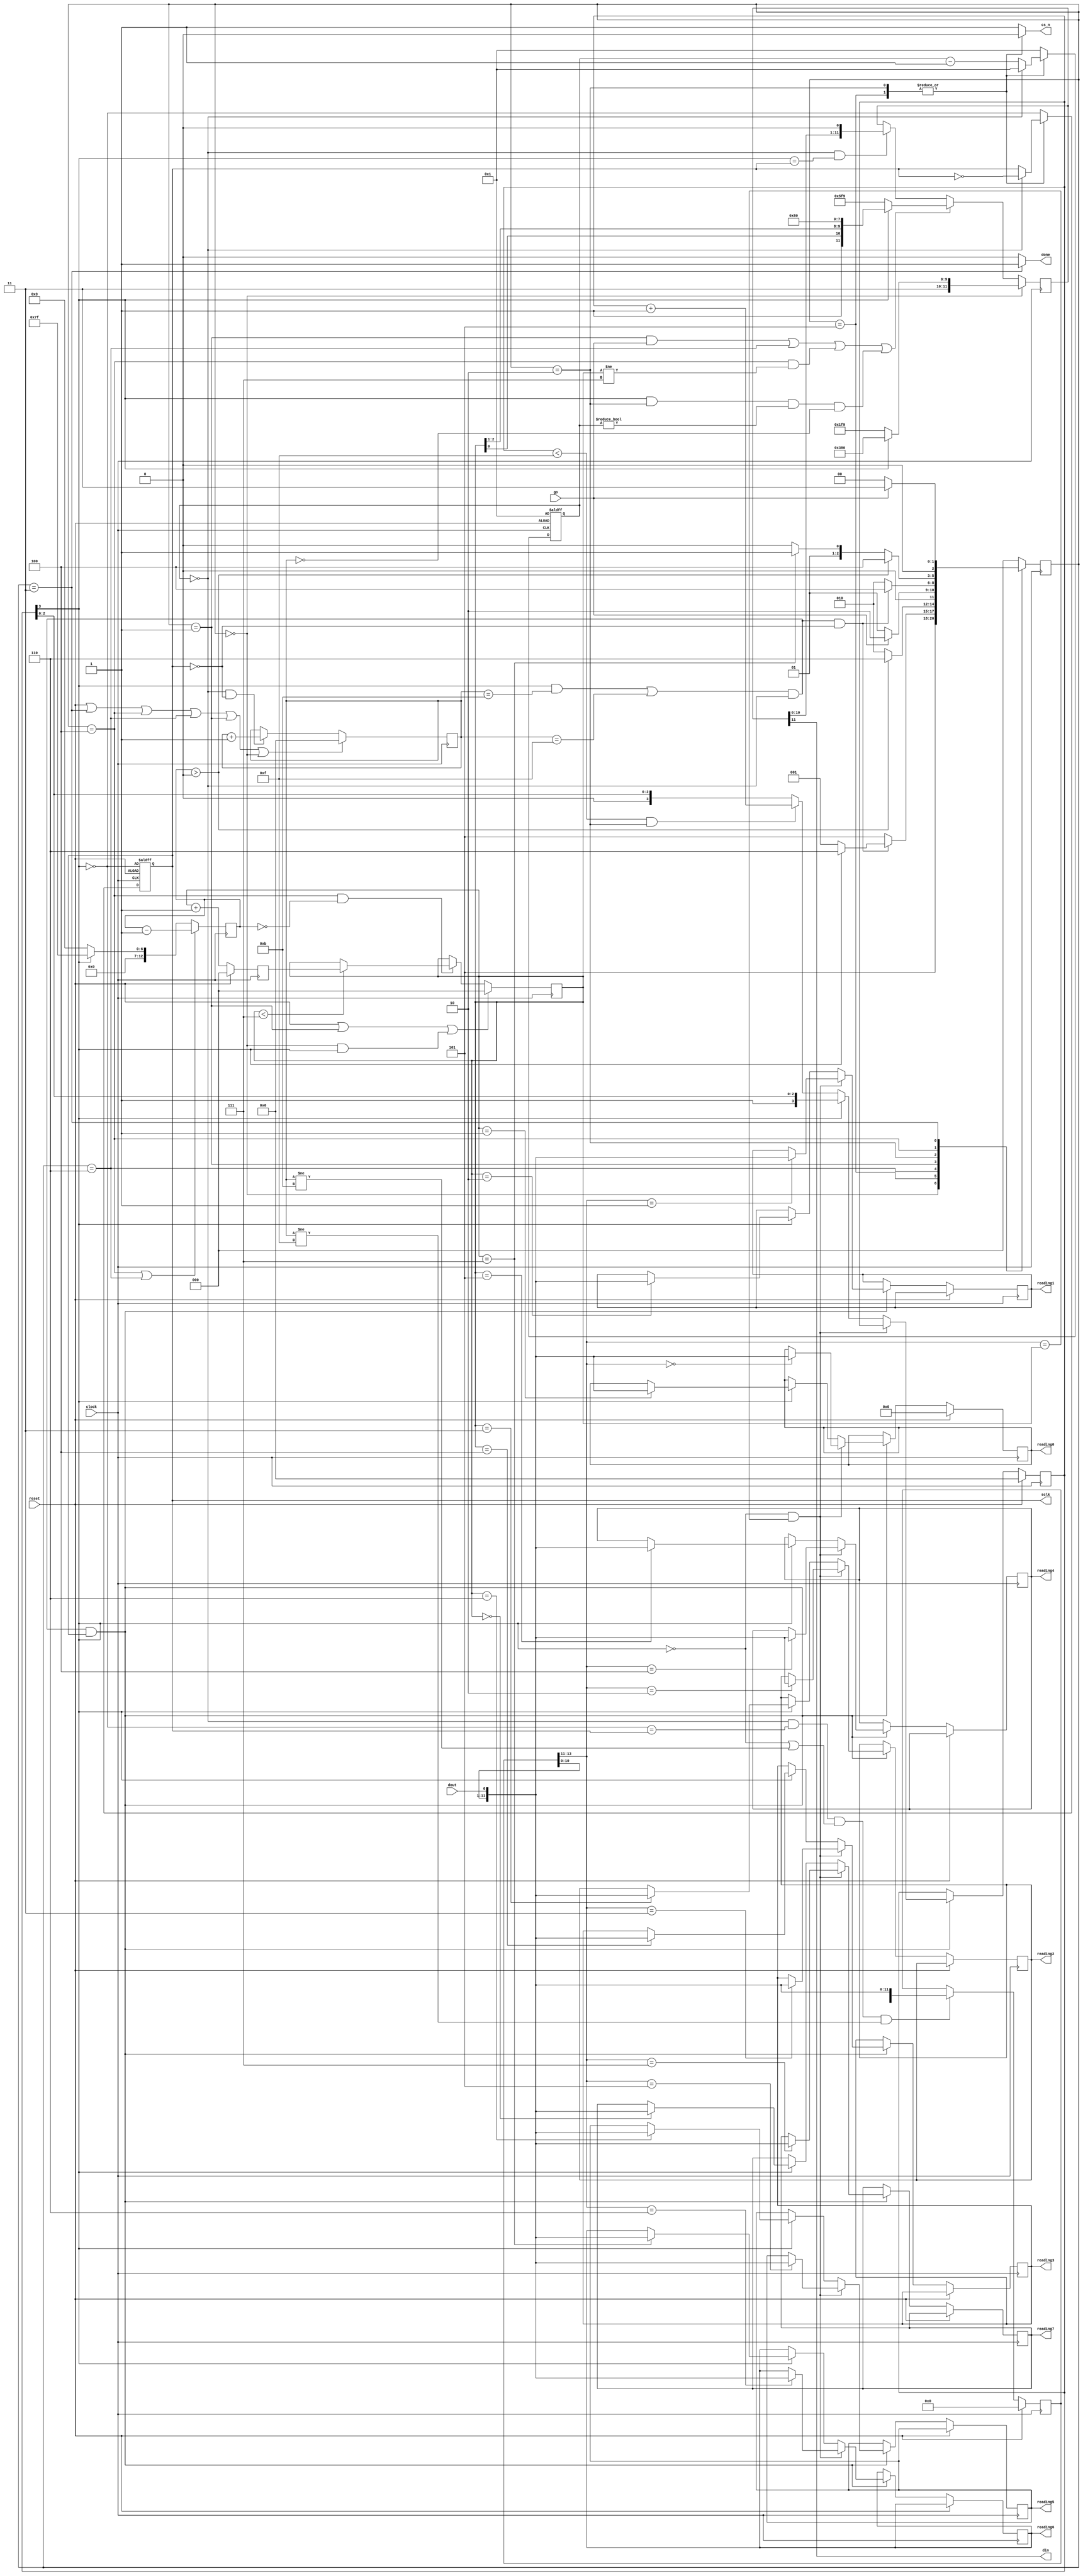
// (C) 2001-2015 Altera Corporation. All rights reserved.
// Your use of Altera Corporation's design tools, logic functions and other 
// software and tools, and its AMPP partner logic functions, and any output 
// files any of the foregoing (including device programming or simulation 
// files), and any associated documentation or information are expressly subject 
// to the terms and conditions of the Altera Program License Subscription 
// Agreement, Altera MegaCore Function License Agreement, or other applicable 
// license agreement, including, without limitation, that your use is for the 
// sole purpose of programming logic devices manufactured by Altera and sold by 
// Altera or its authorized distributors.  Please refer to the applicable 
// agreement for further details.


// THIS FILE IS PROVIDED "AS IS", WITHOUT WARRANTY OF ANY KIND, EXPRESS OR
// IMPLIED, INCLUDING BUT NOT LIMITED TO THE WARRANTIES OF MERCHANTABILITY,
// FITNESS FOR A PARTICULAR PURPOSE AND NONINFRINGEMENT. IN NO EVENT SHALL
// THE AUTHORS OR COPYRIGHT HOLDERS BE LIABLE FOR ANY CLAIM, DAMAGES OR OTHER
// LIABILITY, WHETHER IN AN ACTION OF CONTRACT, TORT OR OTHERWISE, ARISING
// FROM, OUT OF OR IN CONNECTION WITH THIS FILE OR THE USE OR OTHER DEALINGS
// IN THIS FILE.

//  - - - - - - - - - -ADC- - - - - - - - - - - - - - -
module altera_up_avalon_de1_soc_adv_adc (clock, reset, go, sclk, cs_n, din, dout, done, reading0, reading1, 
						reading2, reading3, reading4, reading5, reading6, reading7);
input go, dout, clock, reset;

output reg done;
output reg sclk, din, cs_n;
output reg [11:0] reading0, reading1, reading2, reading3, reading4, reading5, reading6, reading7;

parameter T_SCLK = 8'd4;
parameter NUM_CH = 3'd7;
//FSM state values
parameter resetState = 3'd0, waitState=3'd1, transState=3'd2, doneState=3'd3, pauseState=3'd4, initCtrlRegState=3'd5, pauseStateNoAddrIncr=3'd6;

reg [2:0] currState, nextState;
reg [14:0] dout_shift_reg;
reg [11:0] din_shift_reg;
reg [7:0] counter;
reg [12:0] pause_counter;
reg [3:0] sclk_counter;
reg [2:0] address, next_addr;

reg [3:0] ad_or_ltc_error_count = 4'd0;

// if AD7928 chip, isLTC == 0. if LTC 2308 chip, isLTC == 1.
wire isLTC = ad_or_ltc_error_count[3];

wire transStateComplete = ((isLTC && sclk_counter==4'd11) || sclk_counter==4'd15) && counter==0;

always @(posedge clock)
	currState <=nextState;
	
// - - - - -NextState Selection Logic - - - - - - - -
	always @(*)
	begin
		din = din_shift_reg[11];
		if (reset)
			nextState=resetState;
		case (currState)
			resetState:begin
				cs_n=1;
				done=0;
				/*if (isLTC)
					nextState=waitState;
				else*/
					nextState=initCtrlRegState;
			end
			initCtrlRegState:begin
				cs_n=0;
				done=0;
				if (transStateComplete && !sclk)
					if (isLTC)
						nextState = pauseStateNoAddrIncr;
					else
						nextState = waitState;
				else
					nextState=initCtrlRegState;
			end
			pauseStateNoAddrIncr:begin
				cs_n=1;
				done=0;
				if (pause_counter > 13'd0)
					nextState=pauseStateNoAddrIncr;
				else
					nextState=transState;
			end
			waitState:begin
				cs_n=1;
				done=0;
				if (go)
					nextState=transState;
				else
					nextState=waitState;
			end
			transState:begin
				cs_n=0;
				done=0;
				if (transStateComplete && !sclk)
					nextState=pauseState;
				else
					nextState=transState;
			end
			// pause state must be >= 50ns! This is the "tquiet" required between conversions (or tCONV = 1.6us for LTC)
			pauseState:begin
				cs_n=1;
				done=0;
				if (pause_counter > 13'd0)
					nextState=pauseState;
				else if(address==NUM_CH[2:0])
					nextState=doneState;
				else
					nextState=transState;
			end
			doneState:begin
				cs_n=1;
				done=1;
				if (go)
					nextState=doneState;
				else
					nextState=resetState;
			end
			default:begin
				cs_n=1;
				done=0;
				nextState = resetState;
			end
		endcase
	end
// - - - - - - - - - pause counter logic - - - - - - - - - - 
	always @(posedge clock)
	if (currState == pauseState || currState == pauseStateNoAddrIncr)
		pause_counter <= pause_counter - 13'd1;
	else 
		// T_SCLK is such that T_SCLK cycles of clock -> 20MHz or less SCLK.
		if (isLTC)
			pause_counter <= {T_SCLK[7:1],5'd0,(T_SCLK[0]&&sclk)}-8'd1;
		else
			pause_counter <= {5'd0,T_SCLK[7:1],(T_SCLK[0]&&sclk)}-8'd1;
// - - - - - - - - - counter logic - - - - - - - - - - 
	always @(posedge clock or posedge reset)
	if (reset)
		counter <= T_SCLK[7:1]+(T_SCLK[0]&&sclk)-8'd1;
	else if (cs_n)
		counter <= T_SCLK[7:1]+(T_SCLK[0]&&sclk)-8'd1;
	else if (counter == 0)
		counter <= T_SCLK[7:1]+(T_SCLK[0]&&sclk)-8'd1;
	else
		counter <= counter - 8'b1;
// - - - - - - - - ADC_SCLK generation - - - - - - - - - 
	always @(posedge clock or posedge reset)
	if (reset)
		sclk <= ~isLTC;
	else if (cs_n)
		sclk <= ~isLTC;
	else if (counter == 0)
		sclk <= ~sclk;
// - - - - - - - - - - - sclk_counter logic - - - - - - - -
	always @ (posedge clock)
		if (reset || currState == doneState || currState == pauseState || currState == pauseStateNoAddrIncr || currState == waitState || currState == resetState)
			sclk_counter <=4'b0;
		else if (counter == 0 && !sclk)
			sclk_counter <= sclk_counter + 4'b1;
// - - - - - - - - - - readings logic - - - - - - - - - -
	always @(posedge clock)
		if (reset)
		begin
			reading0 <= 12'd0;
			//ad_or_ltc <= 1'b0;
			ad_or_ltc_error_count <= 4'd0;
		end
		else if (transStateComplete && sclk)
		begin
			if (!isLTC && dout_shift_reg[13:11] == address)
				case (dout_shift_reg[13:11])
					3'd0: reading0 <= {dout_shift_reg[10:0],dout}; // should be {dout_shift_reg[10:0],dout}
					3'd1: reading1 <= {dout_shift_reg[10:0],dout};
					3'd2: reading2 <= {dout_shift_reg[10:0],dout};
					3'd3: reading3 <= {dout_shift_reg[10:0],dout};
					3'd4: reading4 <= {dout_shift_reg[10:0],dout};
					3'd5: reading5 <= {dout_shift_reg[10:0],dout};
					3'd6: reading6 <= {dout_shift_reg[10:0],dout};
					3'd7: reading7 <= {dout_shift_reg[10:0],dout};
				endcase
			else if (isLTC)
				case (address)
					3'd0: reading7 <= {dout_shift_reg[10:0],dout}; // should be {dout_shift_reg[10:0],dout}
					3'd1: reading0 <= {dout_shift_reg[10:0],dout};
					3'd2: reading1 <= {dout_shift_reg[10:0],dout};
					3'd3: reading2 <= {dout_shift_reg[10:0],dout};
					3'd4: reading3 <= {dout_shift_reg[10:0],dout};
					3'd5: reading4 <= {dout_shift_reg[10:0],dout};
					3'd6: reading5 <= {dout_shift_reg[10:0],dout};
					3'd7: reading6 <= {dout_shift_reg[10:0],dout};
				endcase

			else if (ad_or_ltc_error_count < 4'd15 && currState == transState)
				ad_or_ltc_error_count <= ad_or_ltc_error_count + 4'd1;
				//ad_or_ltc <= 1'b1;
		end
// - - - - - - - - - address logic - - - - - - - - -
	always @(posedge clock)
		if (reset || currState == waitState || (currState == resetState && isLTC))
			address <= 3'd0;
		else if (currState == pauseState && pause_counter == 13'd0)
			if (address < NUM_CH[2:0])
				address <= next_addr;
			/*if (address >= NUM_CH[2:0])
				address <= 3'd0;
			else
				address <= next_addr;*/
// - - - - - - - - - - dout_shift_reg logic - - - - - - - - - - - - 
	always @(posedge clock)
		if (reset)
			dout_shift_reg <= 15'd0;
		else if (counter==0 && ~isLTC == sclk && (!isLTC || sclk_counter != 4'd11) && sclk_counter != 4'd15)
			dout_shift_reg [14:0] <= {dout_shift_reg [13:0], dout};
// - - - - - - - - - - din_shift_reg logic - - - - - - - - -
	always @(posedge clock)
		if (currState == resetState)
			if (isLTC)
				din_shift_reg <= {1'b1,NUM_CH[2:0],2'b10,6'd0};// S/D, O/S, S1, S0, UNI, SLP
			else
				din_shift_reg <= {3'b110,NUM_CH[2:0],6'b111001};     //13'hDF9; // Ctrl reg initialize to 0xdf90. MSB is a dummy value that doesnt actually get used
		else if ((currState == waitState && go) || currState == pauseStateNoAddrIncr ||
					(currState == pauseState && address != NUM_CH[2:0]) ||
					(isLTC && currState == transState && counter != 0 &&  sclk_counter == 4'd0)) // For LTC, grab immediately after transition to transState
			if (isLTC)
				din_shift_reg <= {1'b1,address[0],address[2],address[1],2'b10,6'd0};// S/D, O/S, S1, S0, UNI, SLP
			else
				din_shift_reg <= {3'b010,NUM_CH[2:0],6'b111001};     //13'h5DF9  WRITE=0,SEQ=1,DONTCARE,ADDR2,ADDR1,ADDR0,DONTCARE*6
		else if (counter == 8'd0 && isLTC == sclk)
			din_shift_reg <={din_shift_reg[10:0],1'b0};
// - - - - - - - - - - next_addr logic - - - - - - - - - - - -
	always @(posedge clock)
		if (reset)
			next_addr <= 3'd0;
		else
			next_addr <= address + 3'b1;
		
endmodule